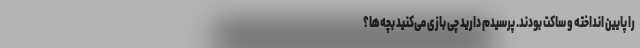
را پایین انداخته و ساکت بودند. پرسیدم دارید چی بازی می‌کنید بچه‌ها؟